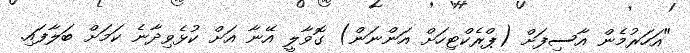
"އަހަރުމެން އާސިފަށް (ޕްރެކްޓިހަށް އަންނަން) ގޮވާލީ އޭނާ އަށް ކުޅެވިދާނެ ކަމަށް ބަލާފައި.